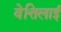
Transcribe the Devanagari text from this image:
वेत्तिलाई